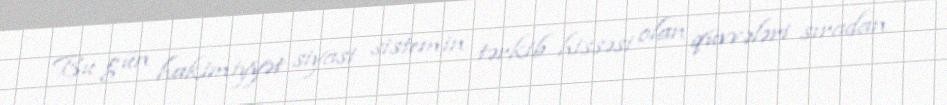
Bu gün hakimiyyət siyasi sistemin tərkib hissəsi olan qüvvələri sıradan